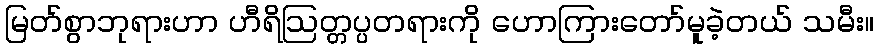
မြတ်စွာဘုရားဟာ ဟီရိဩတ္တပ္ပတရားကို ဟောကြားတော်မူခဲ့တယ် သမီး။